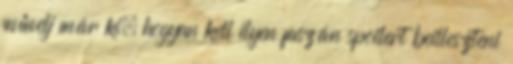
művelj már ki, hogyan kell ilyen faszán spoilert beilleszteni